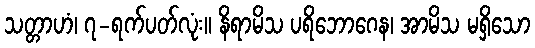
သတ္တာဟံ၊ ၇-ရက်ပတ်လုံး။ နိရာမိသ ပရိဘောဂေန၊ အာမိသ မရှိသော